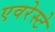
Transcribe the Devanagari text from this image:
एवरेस्‍टे